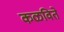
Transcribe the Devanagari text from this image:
कळविते